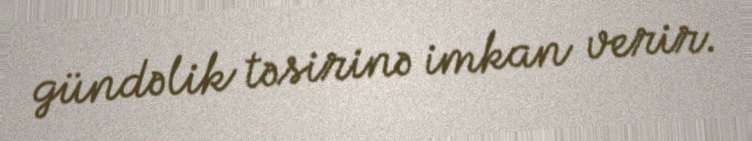
gündəlik təsirinə imkan verir.